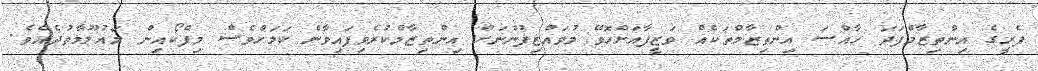
ފެރީގެ އިންތިޒާމްފަދަ ހާއްސަ އިންތިޒާމްތަކެއް ވަޒީފާއަށްހޮވޭ މުވައްޒިފުންނަށް އިންތިޒާމްކުރެވިފައިވާނެ ކަމަށްވެސް މިފްކޯއިން މައުލޫމާތުދެއެވެ.